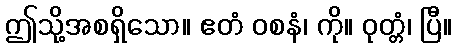
ဤသို့အစရှိသော။ ဧတံ ဝစနံ၊ ကို။ ဝုတ္တံ၊ ပြီ။